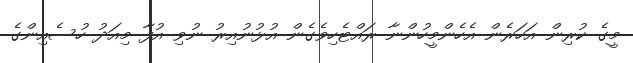
މީގެ ކުރިން އަހަރެން އެހެންމީހުންނާ ރައްޓެހިވެގެން އުޅުނުއިރު ނުވި އުފާ މިއަދު ހުސެއިންގެ